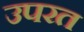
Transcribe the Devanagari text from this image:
उपरत